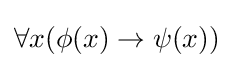
\forall x(\phi (x)\to \psi (x))